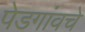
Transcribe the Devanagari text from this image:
पेडगांवचे